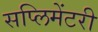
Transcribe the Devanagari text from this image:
सप्लिमेंटरी